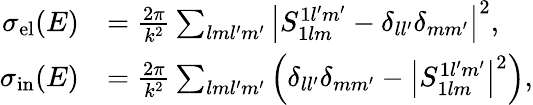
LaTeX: \begin{array}{rl}{\sigma_{\mathrm{el}}(E)}&{=\frac{2\pi}{k^{2}}\sum_{lml^{\prime}m^{\prime}}\left|S_{1lm}^{1l^{\prime}m^{\prime}}-\delta_{ll^{\prime}}\delta_{mm^{\prime}}\right|^{2},}\\ {\sigma_{\mathrm{in}}(E)}&{=\frac{2\pi}{k^{2}}\sum_{lml^{\prime}m^{\prime}}\left(\delta_{ll^{\prime}}\delta_{mm^{\prime}}-\left|S_{1lm}^{1l^{\prime}m^{\prime}}\right|^{2}\right),}\end{array}